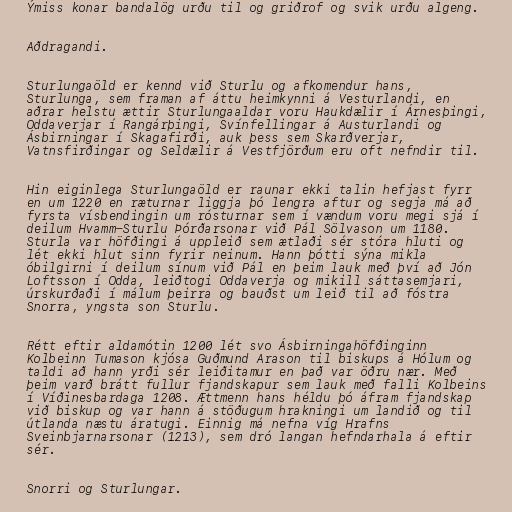
Ýmiss konar bandalög urðu til og griðrof og svik urðu algeng.

Aðdragandi.

Sturlungaöld er kennd við Sturlu og afkomendur hans,
Sturlunga, sem framan af áttu heimkynni á Vesturlandi, en
aðrar helstu ættir Sturlungaaldar voru Haukdælir í Árnesþingi,
Oddaverjar í Rangárþingi, Svínfellingar á Austurlandi og
Ásbirningar í Skagafirði, auk þess sem Skarðverjar,
Vatnsfirðingar og Seldælir á Vestfjörðum eru oft nefndir til.

Hin eiginlega Sturlungaöld er raunar ekki talin hefjast fyrr
en um 1220 en ræturnar liggja þó lengra aftur og segja má að
fyrsta vísbendingin um rósturnar sem í vændum voru megi sjá í
deilum Hvamm-Sturlu Þórðarsonar við Pál Sölvason um 1180.
Sturla var höfðingi á uppleið sem ætlaði sér stóra hluti og
lét ekki hlut sinn fyrir neinum. Hann þótti sýna mikla
óbilgirni í deilum sínum við Pál en þeim lauk með því að Jón
Loftsson í Odda, leiðtogi Oddaverja og mikill sáttasemjari,
úrskurðaði í málum þeirra og bauðst um leið til að fóstra
Snorra, yngsta son Sturlu.

Rétt eftir aldamótin 1200 lét svo Ásbirningahöfðinginn
Kolbeinn Tumason kjósa Guðmund Arason til biskups á Hólum og
taldi að hann yrði sér leiðitamur en það var öðru nær. Með
þeim varð brátt fullur fjandskapur sem lauk með falli Kolbeins
í Víðinesbardaga 1208. Ættmenn hans héldu þó áfram fjandskap
við biskup og var hann á stöðugum hrakningi um landið og til
útlanda næstu áratugi. Einnig má nefna víg Hrafns
Sveinbjarnarsonar (1213), sem dró langan hefndarhala á eftir
sér.

Snorri og Sturlungar.